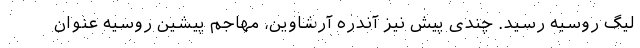
لیگ روسیه رسید. چندی پیش نیز آندره آرشاوین، مهاجم پیشین روسیه عنوان